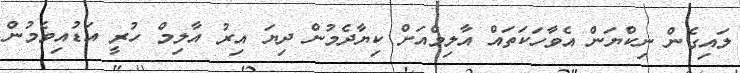
ލައިގެން ނިކްޔަން އެވާހަކަތައް އާލިމްއަށް ކިޔާދެމުން ދިޔަ އިރު އާލިމް ހުރީ އަޑުއިވެމުން